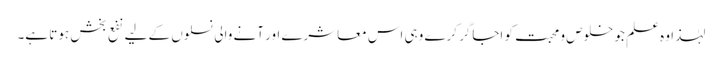
لہٰذا وہ علم جو خلوص و محبت کو اجاگر کرے وہی اس معاشرے اور آنے والی نسلوں کے لیے نفع بخش ہوتا ہے۔